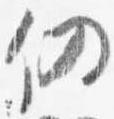
仍